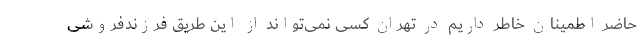
حاضر اطمینان‌ خاطر داریم در تهران کسی نمی‌تواند از این طریق فرزندفروشی